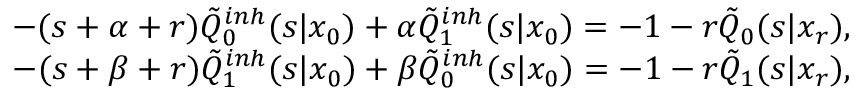
\begin{array} { r } { - ( s + \alpha + r ) \tilde { Q } _ { 0 } ^ { i n h } ( s | x _ { 0 } ) + \alpha \tilde { Q } _ { 1 } ^ { i n h } ( s | x _ { 0 } ) = - 1 - r \tilde { Q } _ { 0 } ( s | x _ { r } ) , } \\ { - ( s + \beta + r ) \tilde { Q } _ { 1 } ^ { i n h } ( s | x _ { 0 } ) + \beta \tilde { Q } _ { 0 } ^ { i n h } ( s | x _ { 0 } ) = - 1 - r \tilde { Q } _ { 1 } ( s | x _ { r } ) , } \end{array}